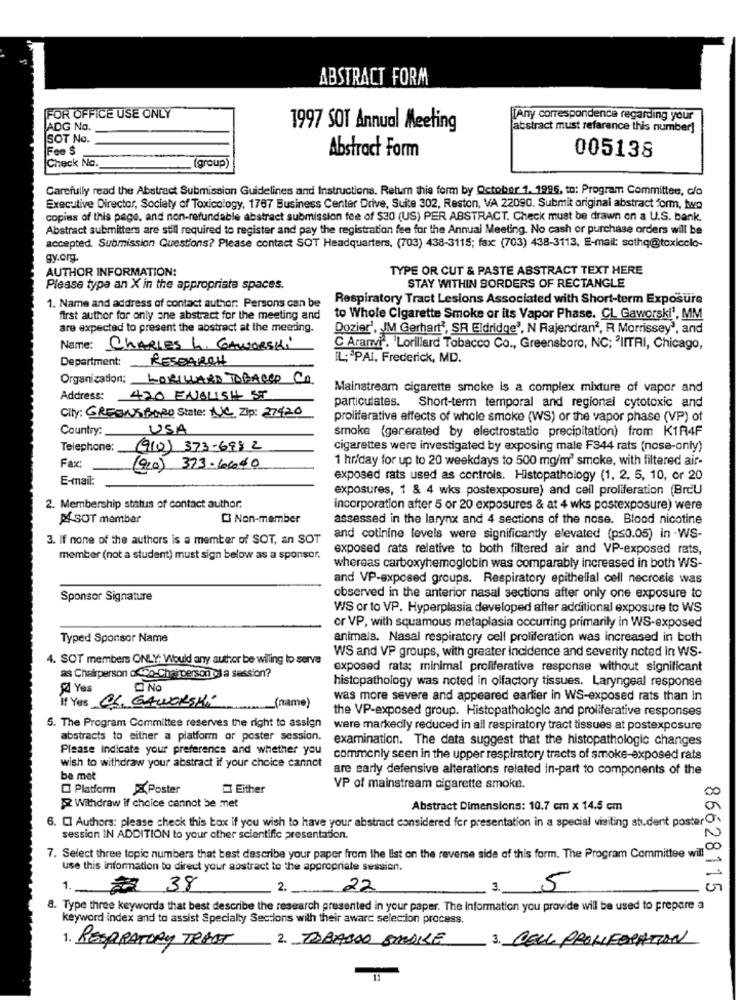
ABSTRACT FORM
FOR OFFICE USE ONLY
ITAny correspondence regarding your
ADG No.
1997 SOT Annual Meeting
abstract must refarance this number]
SOT No.
Fee $
Abstract Form
Check No.
(group)
005138
Carefully read the Abstract Submission Guidelines and Instructions. Return this form by October 1. 1996, to: Program Committee, c/o
Executive Director, Socialy of Toxicology, 1787 Business Center Drive, Suite 302, Reston, VA 22090. Submit original abstract form, two
copies of this page, and non-refundable abstract submission fee of $30 (US) PER ABSTRACT. Check must be drawn on a U.S. bank.
Abstract submitters are still required to register and pay the registration fee for the Annual Meeting. No cash or purchase orders will be
accepted. Submission Questions? Please contact SOT Headquarters, (703) 438-3115; fax: (703) 438-3113, E-mail: sothe@toxicolo-
gy.org.
AUTHOR INFORMATION:
TYPE OR CUT & PASTE ABSTRACT TEXT HERE
Please type an X in the appropriate spaces.
STAY WITHIN SORDERS OF RECTANGLE
Respiratory Tract Lesions Associated with Short-term Exposure
1. Name and address of contact author: Persons can be
first author for only ane abstract for the meeting and
to Whole Cigarette Smoke or its Vapor Phase. CL Gaworski1, MM
are expected to present the abstract at the meeting.
Dozier', JM Gerhart", SR Eldridge', N Rajendran2, R Morrissey', and
Name: CHARLES L. GAWORski
C Aranvi. Lorillard Tobacco Co ., Greensboro, NC; 'IITAI, Chicago,
Department: RESEARCH
IL: "PAI, Frederick, MD.
Organization: LORILLARD TOBACCO CA.
Mainstream cigarette smoke is a complex mixture of vapor and
Address:
420 ENGLISH ST
particulates. Short-term temporal and regional cytotoxic and
City: GREENSBORO State: NC Zip: 27420
proliferative effects of whole smoke (WS) or the vapor phase (VP) of
Country:
USA
smoke (generated by electrostatic precipitation) from K1R4F
Telephone:
(910) 373-698 2
cigarettes were investigated by exposing male F344 rats (nose-only)
1 hr/day for up to 20 weekdays to 500 mg/m' smoke, with filtered air-
Fax:
(920) 373-6640
E-mail:
exposed rats used as controls. Histopathology (1, 2, 5, 10, or 20
exposures, 1 & 4 wks postexposure) and cell proliferation (BrcU
2. Membership status of contact author.
incorporation after 5 or 20 exposures & at 4 wks postexposure) were
P SOT member
Ci Non-member
assessed in the larynx and 4 sections of the nose. Blood nicotine
3. If none of the authors is a member of SOT, an SOT
and cotinine levels were significantly elevated (ps0.05) in -WS-
exposed rats relative to both filtered air and VP-exposed rats,
member (not a student) must sign below as a sponsor.
whereas carboxyhemoglobin was comparably increased in both WS-
and VP-exposed groups. Respiratory epithelial cell necrosis was
Sponsor Signature
observed in the anterior nasal sections after only one exposure to
WS or to VP. Hyperplasia developed after additional exposure to WS
or VP, with squamous metaplasia occurring primarily in WS-exposed
Typed Sponsor Name
animals. Nasal respiratory cell proliferation was increased in both
WS and VP groups, with greater incidence and severity noted in WS-
4. SOT members ONLY: Would any author be wiling to serve
as Chairperson ofco-Chairperson ol a session?
exposed rata; minimal proliferative response without significant
histopathology was noted in olfactory tissues. Laryngeal response
Yes
No
If Yes OS. GAWORSKI
was more severe and appeared earlier in WS-exposed rats than in
(name)
the VP-exposed group. Histopathologie and proliferative responses
5. The Program Committee reserves the right to assign
were markedly reduced in all respiratory tract tissues at postexposure
abstracts to either a platform or poster session.
examination. The data suggest that the histopathologic changes
Please indicate your preference and whether you
wish to withdraw your abstract if your choice cannot
commonly seen in the upper respiratory tracts of smoke-exposed rats
are early defensive alterations related in-part to components of the
ba mot
Platform XPoster
Either
VP of mainstream cigarette smoke.
Withdraw if choice cannot be met
Abstract Dimensions: 10.7 cm x 14.5 cm
6. Cl Authors: please check this box if you wish to have your abstract considered for presentation in a special visiting student poster
session IN ADDITION to your other scientific presentation.
7. Select three topic numbers that test describe your paper from the list on the reverse side of this form. The Program Committee will
use this information to direct your abstract to the appropriate session.
1. 7 38
2.
22
3.
5
86628115
8. Type three keywords that best describe the research presented in your paper. The Information you provide will be used to prepare a
keyword index and to assist Specialty Sections with their award selection process.
1. RESPIRATORY TRACT 2. TOBABDO SMALLE
3. CELL PROLIFERATION